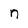
Character: n